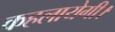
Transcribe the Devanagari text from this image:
कहलायेगी।